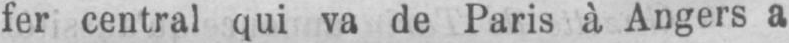
fer central qui va de Paris à Angers a